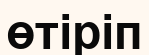
өтіріп